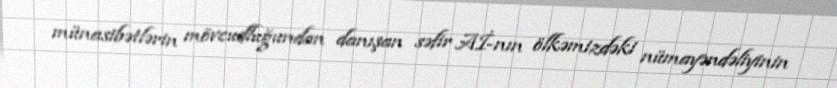
münasibətlərin mövcudluğundan danışan səfir Aİ-nın ölkəmizdəki nümayəndəliyinin